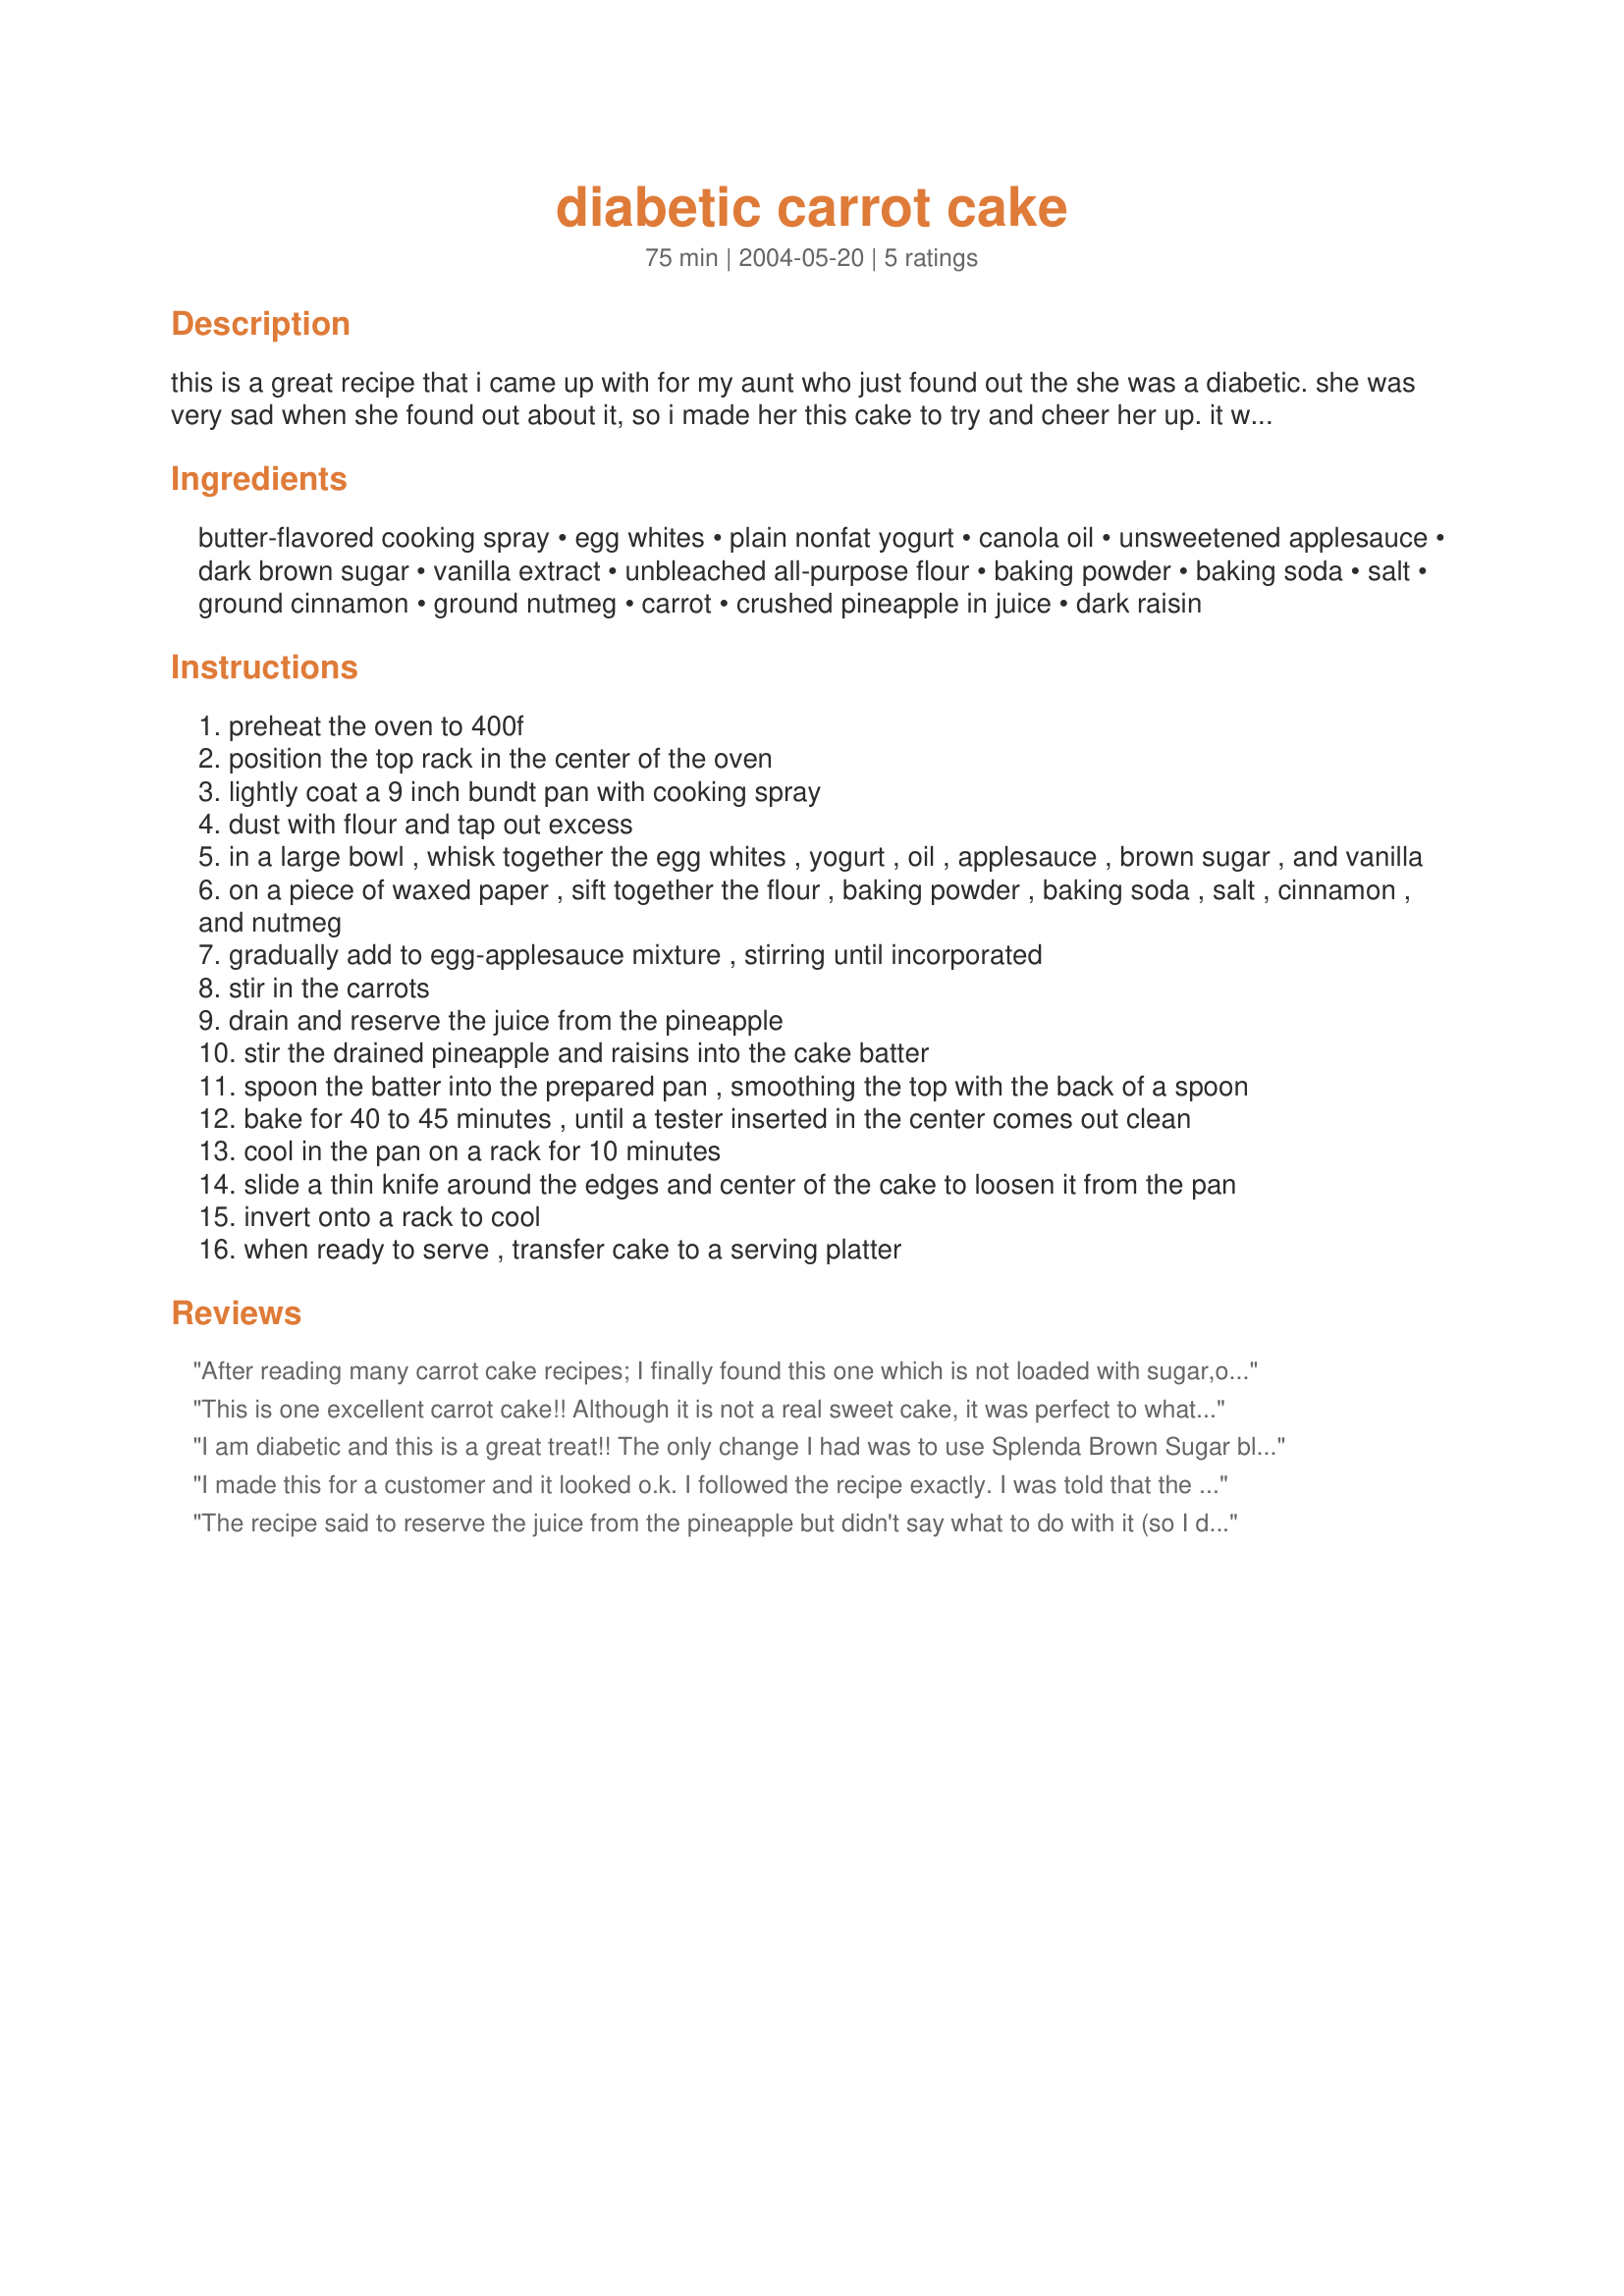
diabetic carrot cake
Preparation time: 75 minutes

this is a great recipe that i came up with for my aunt who just found out the she was a diabetic. she was very sad when she found out about it, so i made her this cake to try and cheer her up. it worked. :)

Ingredients:
butter-flavored cooking spray, egg whites, plain nonfat yogurt, canola oil, unsweetened applesauce, dark brown sugar, vanilla extract, unbleached all-purpose flour, baking powder, baking soda, salt, ground cinnamon, ground nutmeg, carrot, crushed pineapple in juice, dark raisin

Steps:
preheat the oven to 400f
position the top rack in the center of the oven
lightly coat a 9 inch bundt pan with cooking spray
dust with flour and tap out excess
in a large bowl , whisk together the egg whites , yogurt , oil , applesauce , brown sugar , and vanilla
on a piece of waxed paper , sift together the flour , baking powder , baking soda , salt , cinnamon , and nutmeg
gradually add to egg-applesauce mixture , stirring until incorporated
stir in the carrots
drain and reserve the juice from the pineapple
stir the drained pineapple and raisins into the cake batter
spoon the batter into the prepared pan , smoothing the top with the back of a spoon
bake for 40 to 45 minutes , until a tester inserted in the center comes out clean
cool in the pan on a rack for 10 minutes
slide a thin knife around the edges and center of the cake to loosen it from the pan
invert onto a rack to cool
when ready to serve , transfer cake to a serving platter

Reviews:
After reading many carrot cake recipes; I finally found this one which is not loaded with sugar,oil and eggs. People watching weight, cholesterol, diabetis etc. say "THANK YOU!THANK YOU! Marimba
This is one excellent carrot cake!! Although it is not a real sweet cake, it was perfect to what I was looking for! It was easy to make and came out of the pan beautifully. The only changes I made were use 1 egg instead of 2 egg whites, and 2 tbsp oil instead of 3. My whole family enjoyed this very much, Thanks!!
I am diabetic and this is a great treat!! The only change I had was to use Splenda Brown Sugar blend. I incorporated some of the pineapple juice into the batter. I made this carrot cake on the weekend and took it to a family dinner and the whole cake was gobbled up. Delicious, moist, very easy to mix together and came out of the pan with no problems. Will most definitely make again and again. This is a keeper. Thank you.
I made this for a customer and it looked o.k. I followed the recipe exactly. I was told that the cake is gummy in the middle. So my search continues. 

O.k. now I have gone to see the cake for myself and it was not gummy, but my customer did not like it.
The recipe said to reserve the juice from the pineapple but didn't say what to do with it (so I drank it!) The cake was dense almost like a pound cake. It isn't that sweet but makes a good cake to eat while drinking your coffee in the morning. At first you think it is pretty bland but for some reason want to eat more after the first piece is gone.
